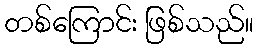
တစ်ကြောင်း ဖြစ်သည်။